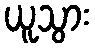
ယူသွား